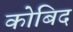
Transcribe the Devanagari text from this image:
कोबिद